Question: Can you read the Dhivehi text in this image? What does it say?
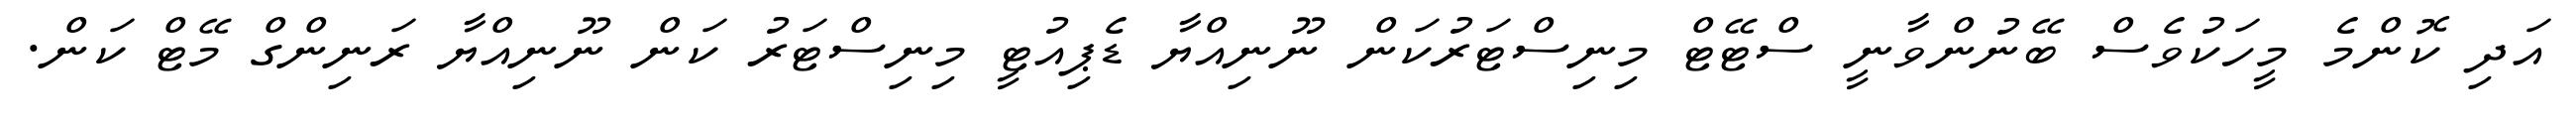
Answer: އަދި ކޮންމެ މީހަކުވެސް ބޭނުންވާނީ ސްޓޭޓް މިނިސްޓަރުކަން ނޫނިއްޔާ ޑެޕިއުޓީ މިނިސްޓަރު ކަން ނޫނިއްޔާ ރަނިންގް މޭޓް ކަން.